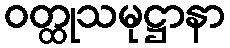
ဝတ္ထုသမုဋ္ဌာနာ